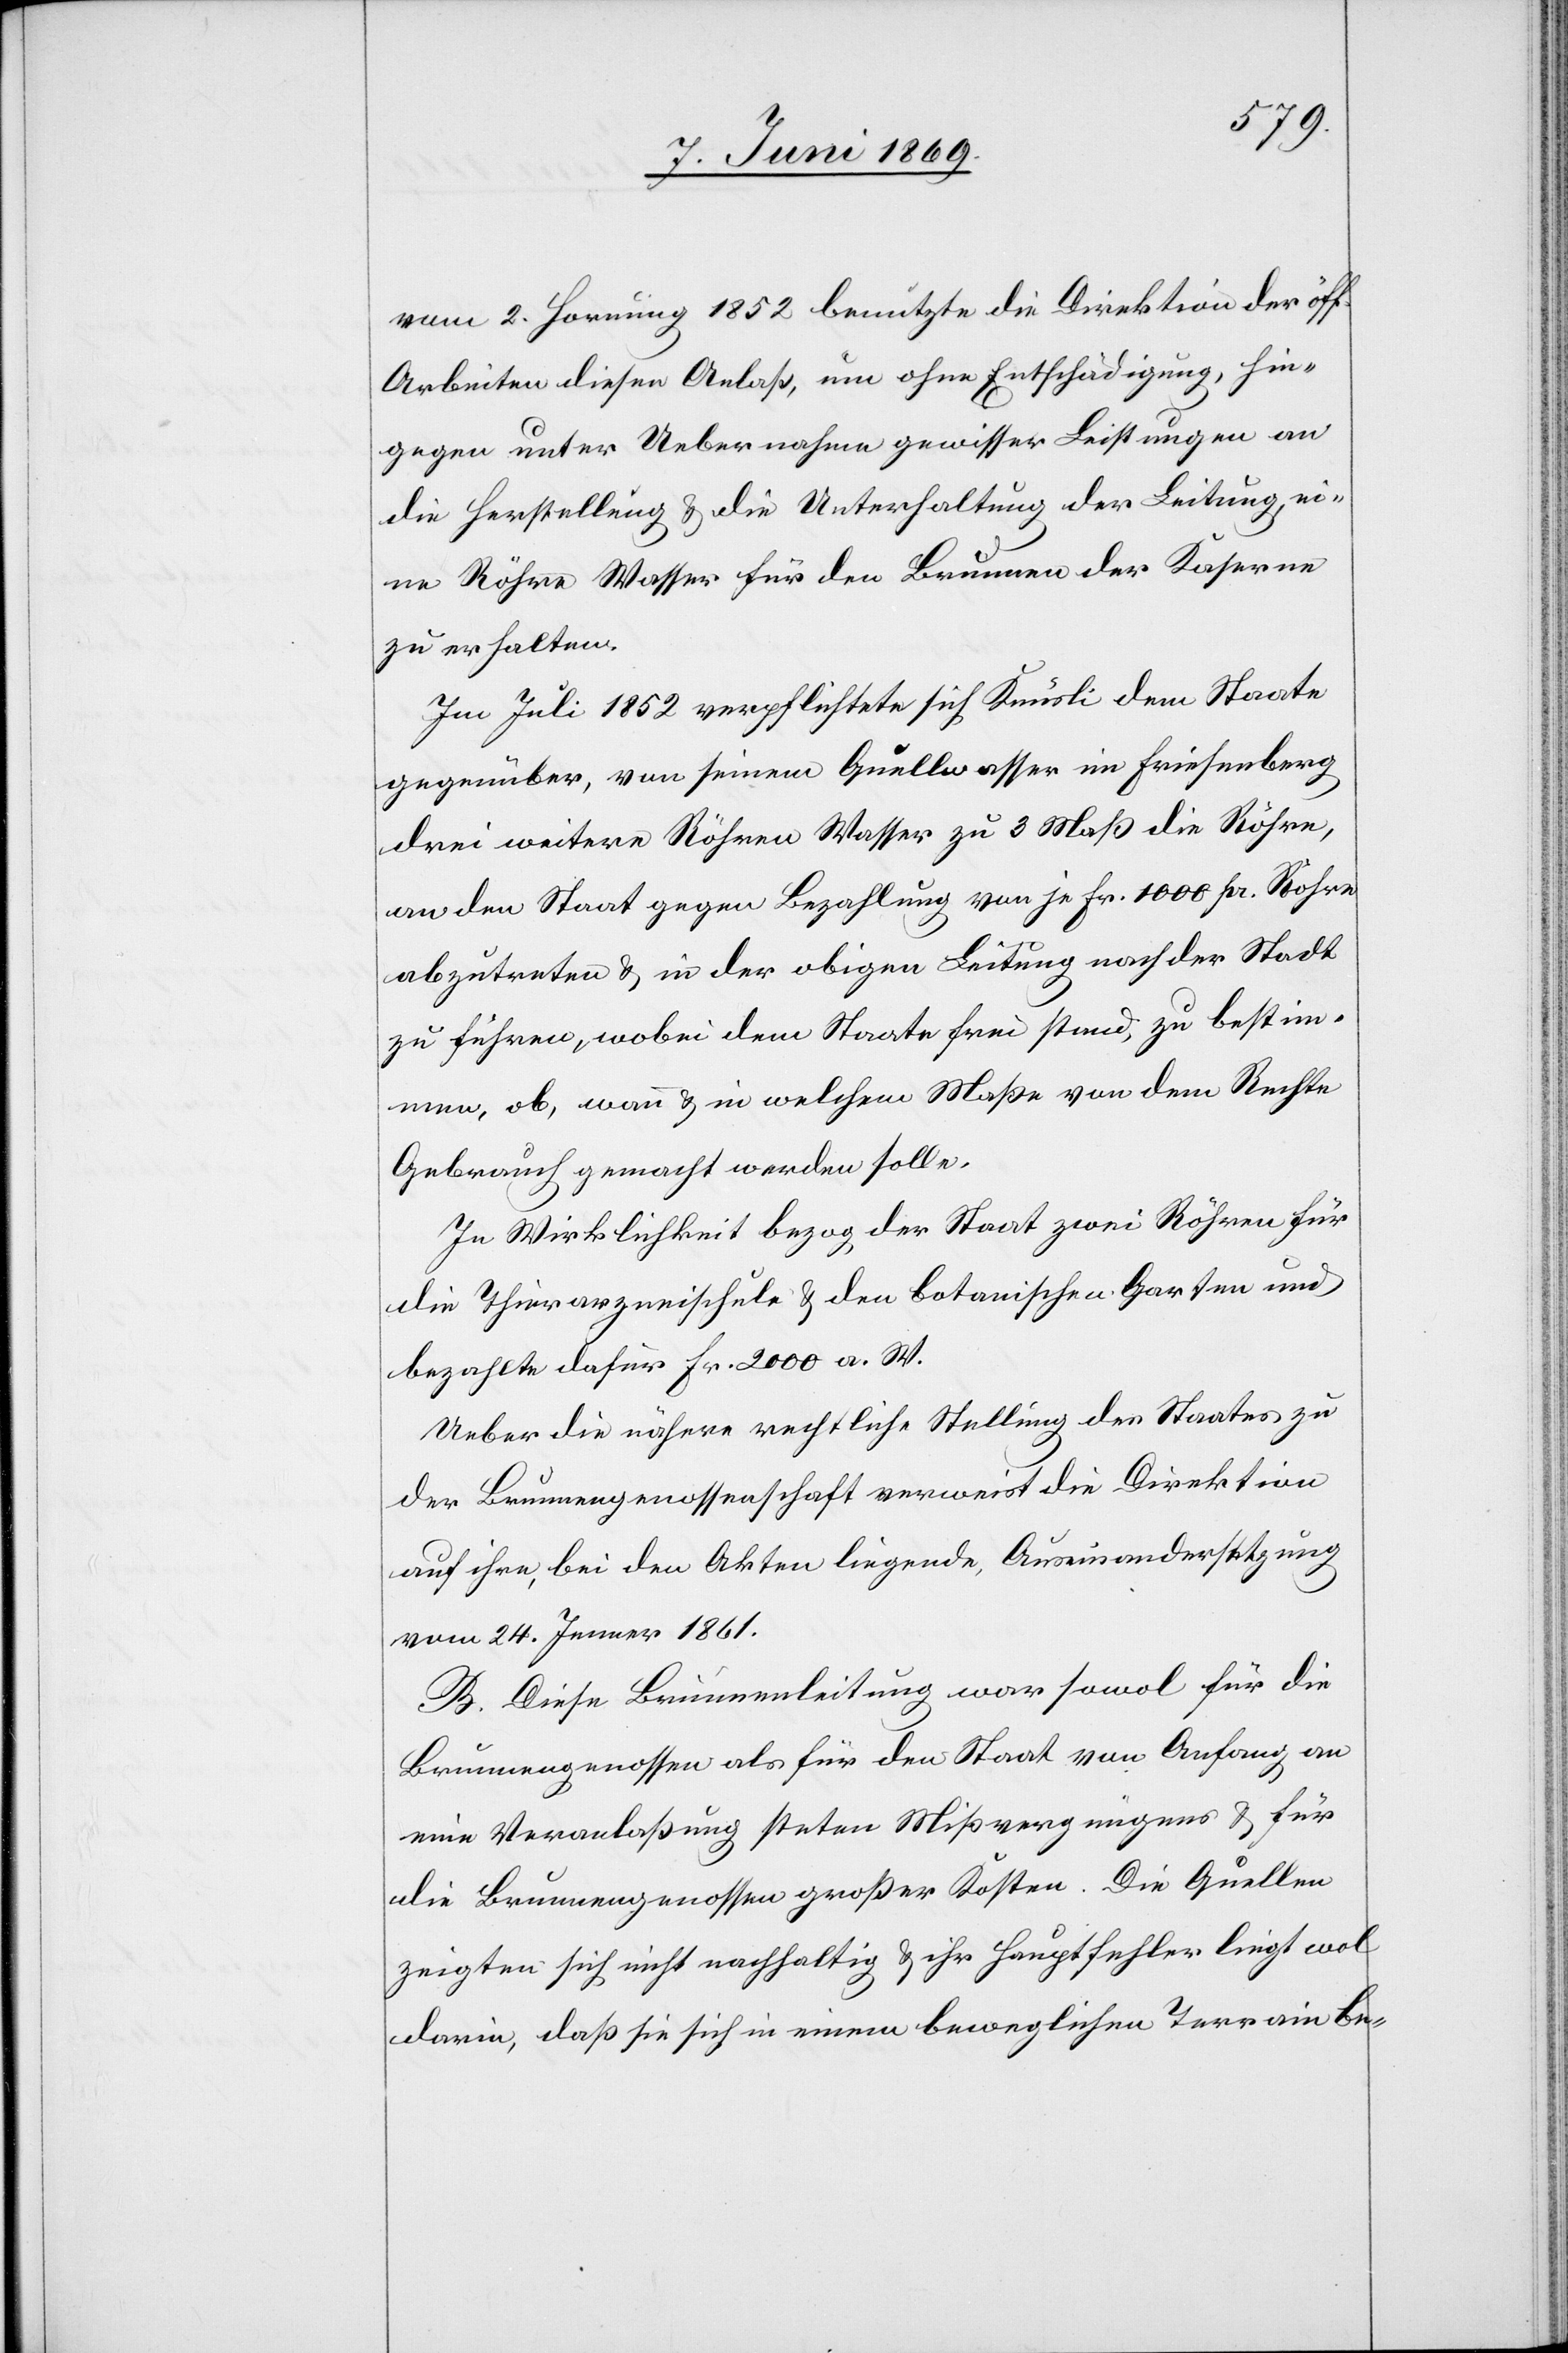
vom 2 Hornung 1852 benutzte die Direktion der öff.
Arbeiten diesen Anlaß, um ohne Entschädigung, hin¬
gegen unter Uebernahme gewisser Leistungen an
die Herstellung u. die Unterhaltung der Leitung, ei¬
ne Röhre Wasser für den Brunnen der Kaserne
zu erhalten.
Im Juli 1852 verpflichtete sich Knüsli dem Staate
gegenüber, von seinem Quellwasser im Friesenberg
drei weitere Röhren Wasser zu 3 Maß die Röhre,
an den Staat gegen Bezahlung von je Fr. 1000 pr. Röhre
abzutreten u. in der obigen Leitung nach der Stadt
zu führen, wobei dem Staate frei stand, zu bestim¬
men, ob, wann u. in welchem Maße von dem Rechte
Gebrauch gemacht werden solle.
In Wirklichkeit bezog der Staat zwei Röhren für
die Thierarzneischule u. den botanischen Garten und
bezahlte dafür Fr. 2000 a. W.
Ueber die nähere rechtliche Stellung des Staates zu
der Brunnengenossenschaft verweist die Direktion
auf ihre, bei den Akten liegende, Auseinandersetzung
vom 24 Jenner 1861.
B. Diese Brunnenleitung war sowol für die
Brunnengenossen als für den Staat von Anfang an
eine Veranlaßung steten Mißvergnügens u. für
die Brunnengenossen großer Kosten. Die Quellen
zeigten sich nicht nachhaltig u. ihr Hauptfehler liegt wol
darin, daß sie sich in einem beweglichen Terrain be-